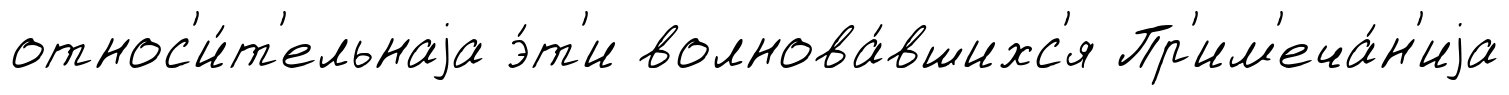
относ'и́т'ельнаjа э́т'и волнова́вшихс'я Пр'им'еча́н'иjа